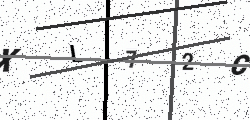
Text: XL72C